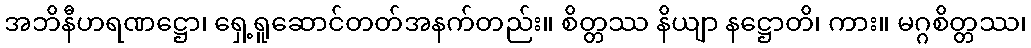
အဘိနီဟရဏဋ္ဌော၊ ရှေ့ရူဆောင်တတ်အနက်တည်း။ စိတ္တဿ နိယျာ နဋ္ဌောတိ၊ ကား။ မဂ္ဂစိတ္တဿ၊